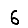
Digit: 6